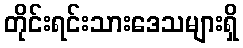
တိုင်းရင်းသားဒေသများရှိ